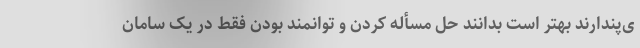
ی‌پندارند بهتر است بدانند حل مسأله کردن و توانمند بودن فقط در یک سامان